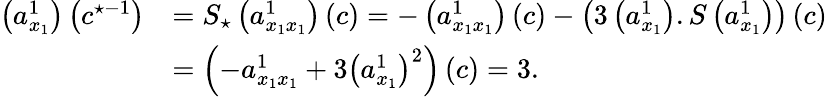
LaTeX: \begin{array}{rl}{\left(a_{x_{1}}^{1}\right)\left(c^{\star-1}\right)}&{=S_{\star}\left(a_{x_{1}x_{1}}^{1}\right)\left(c\right)=-\left(a_{x_{1}x_{1}}^{1}\right)\left(c\right)-\left(3\left(a_{x_{1}}^{1}\right).S\left(a_{x_{1}}^{1}\right)\right)\left(c\right)}\\ &{=\left(-a_{x_{1}x_{1}}^{1}+3\left(a_{x_{1}}^{1}\right)^{2}\right)\left(c\right)=3.}\end{array}